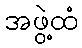
အဖွဲ့ထံ